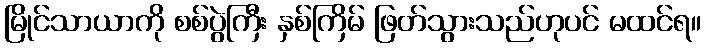
မြိုင်သာယာကို စစ်ပွဲကြီး နှစ်ကြိမ် ဖြတ်သွားသည်ဟုပင် မထင်ရ။